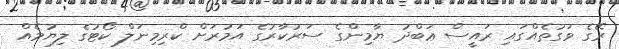
ރޭގެ ވަގުތެއްގައި ރައީސް ޢަބްދު ޔާމިންގެ ސަރުކާރުގެ އަމުރަށް ކްރިމިނަލް ކޯޓުގެ ލިޔުމެއް